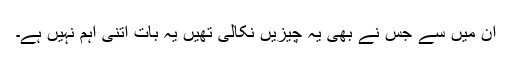
ان میں سے جس نے بھی یہ چیزیں نکالی تھیں یہ بات اتنی اہم نہیں ہے۔